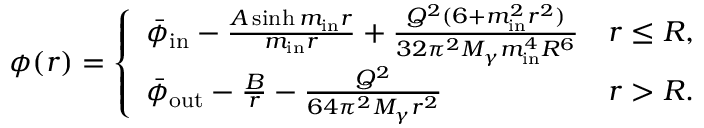
\phi ( r ) = \left\{ \begin{array} { l l } { \bar { \phi } _ { \mathrm { i n } } - \frac { A \sinh m _ { \mathrm { i n } } r } { m _ { \mathrm { i n } } r } + \frac { Q ^ { 2 } ( 6 + m _ { \mathrm { i n } } ^ { 2 } r ^ { 2 } ) } { 3 2 \pi ^ { 2 } M _ { \gamma } m _ { \mathrm { i n } } ^ { 4 } R ^ { 6 } } } & { r \leq R , } \\ { \bar { \phi } _ { \mathrm { o u t } } - \frac { B } { r } - \frac { Q ^ { 2 } } { 6 4 \pi ^ { 2 } M _ { \gamma } r ^ { 2 } } } & { r > R . } \end{array} \right.